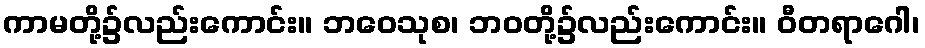
ကာမတို့၌လည်းကောင်း။ ဘဝေသုစ၊ ဘဝတို့၌လည်းကောင်း။ ဝီတရာဂေါ၊